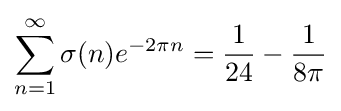
\sum _{n=1}^{\infty }\sigma (n)e^{-2\pi n}={\frac {1}{24}}-{\frac {1}{8\pi }}